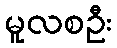
မူလစဦး